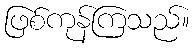
ဖြစ်ကုန်ကြသည်။